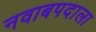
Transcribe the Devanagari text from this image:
नवाबपदाला